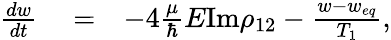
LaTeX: \begin{array}{rlr}{\frac{dw}{dt}}&{{}=}&{-4\frac{\mu}{\hbar}E\textrm{Im}\rho_{12}-\frac{w-w_{eq}}{T_{1}},}\end{array}